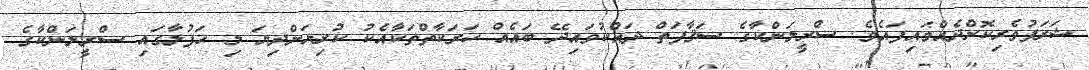
ޝަރަފުވެރިކޮށްދެއްވައިފައެވެ. ސްރީލަންކާގެ ސަޤާފަތް ދައްކުވައިދޭ ބައެއް ހަރަކާތްތަކާއެކު ކުރިޔަށްދިޔަ މި ޙަފުލާގައި ސްރީލަންކާގެ